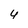
Character: 4